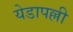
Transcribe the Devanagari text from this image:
येडापल्ली